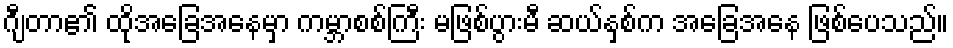
ဂျီတာ၏ ထိုအခြေအနေမှာ ကမ္ဘာစစ်ကြီး မဖြစ်ပွားမီ ဆယ်နှစ်က အခြေအနေ ဖြစ်ပေသည်။